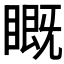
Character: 𬑦